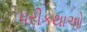
પરીકથાઓ